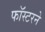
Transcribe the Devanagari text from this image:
फॉस्टरने